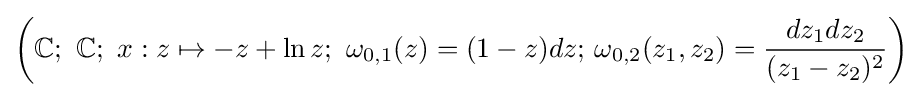
\left(\mathbb {C} ;\ \mathbb {C} ;\ x:z\mapsto -z+\ln {z};\ \omega _{0,1}(z)=(1-z)dz;\,\omega _{0,2}(z_{1},z_{2})={\frac {dz_{1}dz_{2}}{(z_{1}-z_{2})^{2}}}\right)